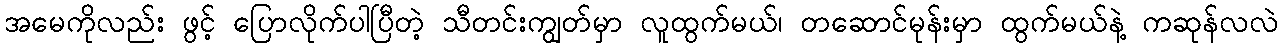
အမေကိုလည်း ဖွင့် ပြောလိုက်ပါပြီတဲ့ သီတင်းကျွတ်မှာ လူထွက်မယ်၊ တဆောင်မုန်းမှာ ထွက်မယ်နဲ့ ကဆုန်လလဲ